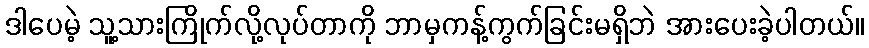
ဒါပေမဲ့ သူ့သားကြိုက်လို့လုပ်တာကို ဘာမှကန့်ကွက်ခြင်းမရှိဘဲ အားပေးခဲ့ပါတယ်။